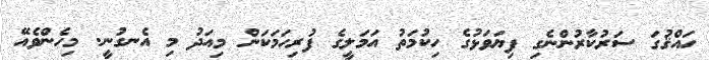
ހައްޤުގަ ސަރުކާރުންނެގި ފިޔަވަޅުގެ ހިކުމަތު އަމަލީގެ ފުރިހަމަކަން މިއަދު މި އެނގުނީ. މިހެންވެއޭ